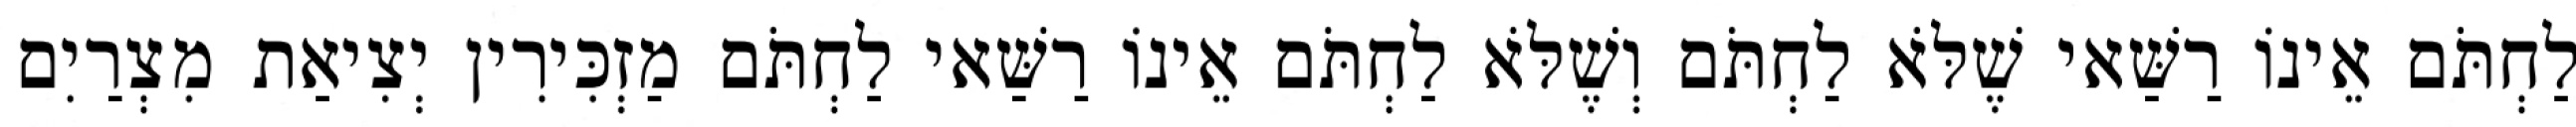
לַחְתֹּם אֵינוֹ רַשַּׁאי שֶׁלֹּא לַחְתֹּם וְשֶׁלֹּא לַחְתֹּם אֵינוֹ רַשַּׁאי לַחְתֹּם מַזְכִּירִין יְצִיאַת מִצְרַיִם